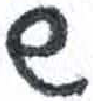
אות: ש